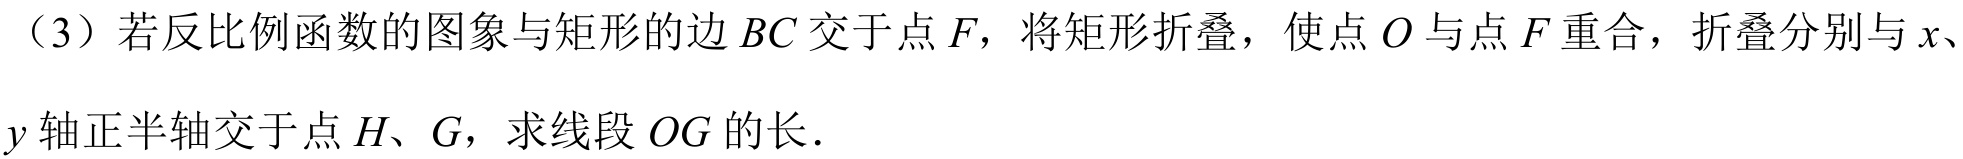
（3）若反比例函数的图象与矩形的边 \(BC\) 交于点 \(F\)，将矩形折叠，使点 \(O\) 与点 \(F\) 重合，折叠分别与 \(x\)、\(y\) 轴正半轴交于点 \(H\)、\(G\)，求线段 \(OG\) 的长．